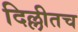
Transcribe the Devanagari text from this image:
दिल्लीतच